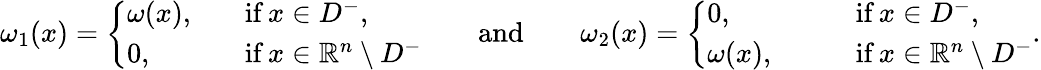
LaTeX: \omega_{1}(x)=\left\{ \begin{array}{ll}{\omega(x),\ \ \ }&{\mathrm{if}\, x\in D^{-},}\\ {0,}&{\mathrm{if}\, x\in\mathbb R^{n}\setminus D^{-}}\end{array}\right.\qquad\mathrm{and}\qquad\omega_{2}(x)=\left\{ \begin{array}{ll}{0,\qquad}&{\mathrm{if}\, x\in D^{-},}\\ {\omega(x),\qquad}&{\mathrm{if}\, x\in\mathbb R^{n}\setminus D^{-}}\end{array}\right..